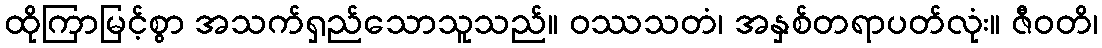
ထိုကြာမြင့်စွာ အသက်ရှည်သောသူသည်။ ဝဿသတံ၊ အနှစ်တရာပတ်လုံး။ ဇီဝတိ၊